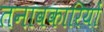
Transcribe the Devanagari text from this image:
तनावकारियों